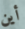
أين